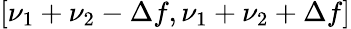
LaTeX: [\nu_{1}+\nu_{2}-\Delta f,\nu_{1}+\nu_{2}+\Delta f]